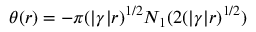
\theta ( r ) = - \pi ( | \gamma | r ) ^ { 1 / 2 } N _ { 1 } ( 2 ( | \gamma | r ) ^ { 1 / 2 } )